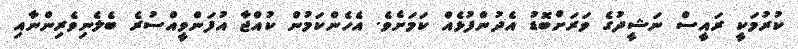
ކުރުމަކީ ރައީސް ނަޝީދުގެ ވަރަށްބޮޑު އެދުންފުޅެއް ކަމަށެވެ. އެހެންކަމުން ކުއްޖާ އުފަންވީއްސުރެ ބެލެނިވެރިންނާއި